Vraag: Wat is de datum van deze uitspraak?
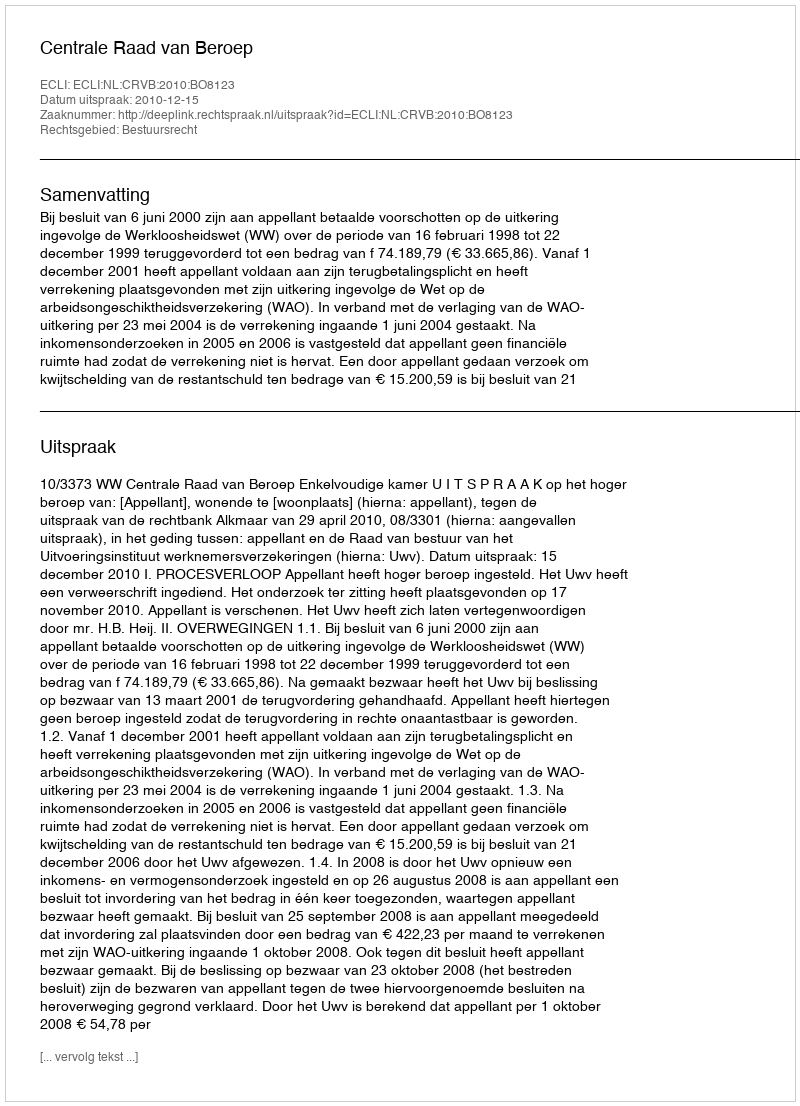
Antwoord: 2010-12-15